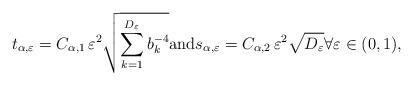
LaTeX: \begin{align*} t_{\alpha,\varepsilon} = C_{\alpha,1}\, \varepsilon^2\sqrt{\sum_{k=1}^{D_\varepsilon}b_k^{-4}} \mathrm{and} s_{\alpha,\varepsilon}= C_{\alpha,2}\, \varepsilon^2 \sqrt{D_\varepsilon} \forall \varepsilon \in (0,1), \end{align*}